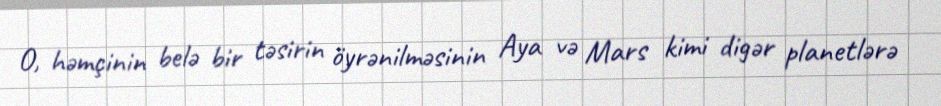
O, həmçinin belə bir təsirin öyrənilməsinin Aya və Mars kimi digər planetlərə